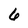
Character: 6